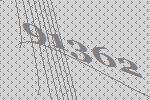
91362